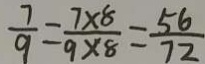
\frac { 7 } { 9 } = \frac { 7 \times 8 } { 9 \times 8 } = \frac { 5 6 } { 7 2 }